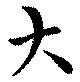
大